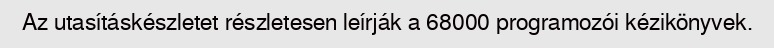
Az utasításkészletet részletesen leírják a 68000 programozói kézikönyvek.